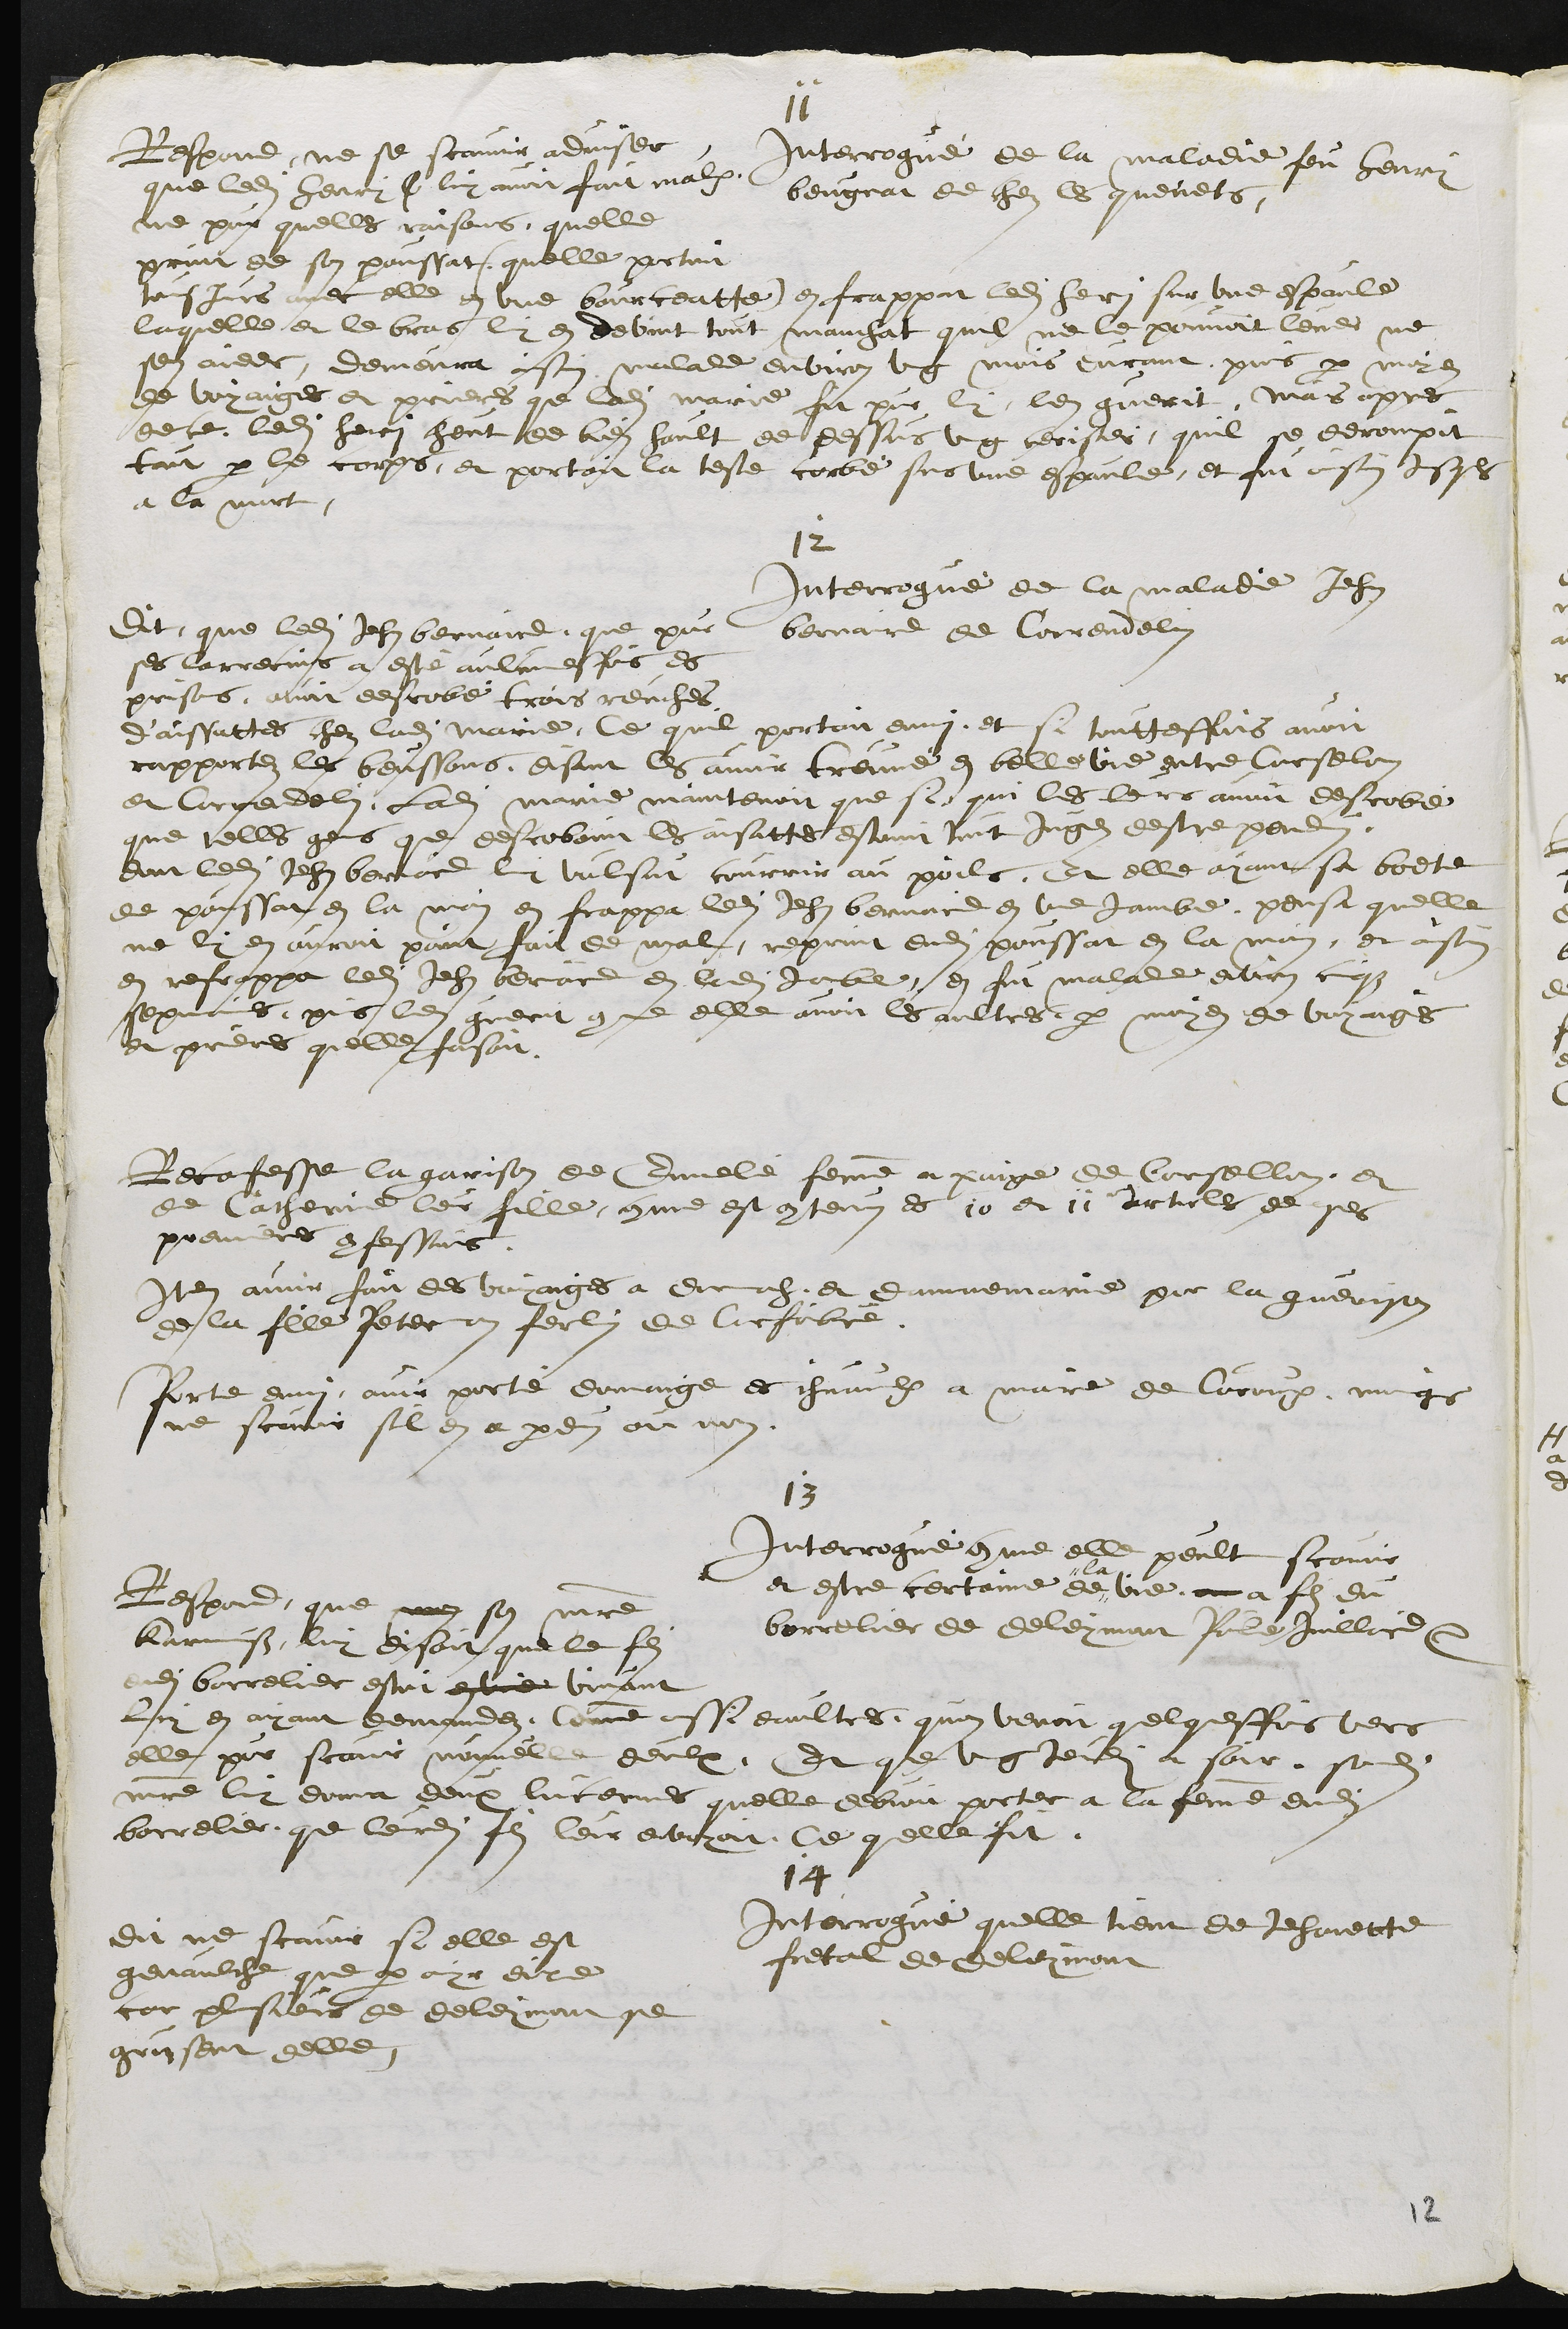
11
Interrogué de la maladie feu henry
beugnat de chez les quenets
Respond, ne se scavoir adviser
que ledit henry C luy avoit fait malx,
ne pour quelles raisons, quelle
print de son poussat (quelle portoit
tousjours avec elle en une bourceatte) en frappat ledit henri sur une espaule
laquelle et le bras luy en devint tout manchat quil ne le pouvoit lever ne
sen aider demeura ainsin malade environ ung mois durant puis par moyen
de voyages et prieres que ladite Marie fit pour luy len guerit, Mais apres
de ce ledit henry cheut de bien hault de dessus ung cerisier quil se derompit
tout par le corps, et portoit la teste corbé sur une espaule, et fut ainsin jusques
a la mort
12
Interrogué de la maladie Jehan
bernaird de Correndelin
Dit que ledit Jehan Bernaire, que pour
ses larrecins a esté aulcunesfois es
prisons, avoit desrobé trois reuches
d'aissattes chez ladite Marie, Ce quil portoit enmi, et si toutteffois avoit
rapportez les beussons, disant les avoir treuvé en belle vie entre Corselon
et Correndelin Ladite Marie maintenoit que si, qui les leurs avoit desrobé
que telles gens que desroboint les aisattes estoint tout jugez destre pendus.
dont ledit Jehan bernaird luy voulsut courrir au poils, Et elle ayant sa boete
de poussat en la main en frappa ledit Jehan Bernaird en une jambe, pensa quelle
ne luy en auroit point fait de mal, reprint dudit poussat en la main, et ainsin
en refrappa ledit Jehan bernaird en ladite Jambe, en fut malade environ cinqz
sepmaines puis len guerit comme elle avoit les aultres par moyen de voyages
et prieres quelle faisoit
Reconfesse la garisson de Ennelie femme a paige de Corsellon, et
de Catherine leur fille, comme est contenus es 10 et 11e articles de ses
premieres confessions.
Item avoir fait des voyages a dornach, et damnemarie pour la guerison
de la fille Peterman Ferlin de Corfaibvre
Porte enmi avoir porté domaige es chevaulx a maire de Couroux, moings
ne scavoir sil en a perdus ou non
13
Interrogué comme elle peult scavoir
et estre certaine de #
# la
vie au a fils du
borrelier de Deleymont Paule Juillard etc
Respond, que mon son maitre
Karmuss luy disoit que le fils
dudit borrelier estoit en vie vivant
Luy en ayant demandez, Comme aussi daultres quon venoit quelqueffois vers
elle pour scavoir nouvelle deulx, Et que ung jeudi a soir sondit
maitre luy donna deux lucernes quelle debvoit porter a la femme dudit
borrelier que leurdit fils leur envoyoit. Ce quelle fit
14
Interrogue quelle tient de Jehanette
fretal de Deleymont
Dit ne scavoir si elle est
genaulche que par ouyr dire
car plusieurs de deleymont se
grusent delle
12